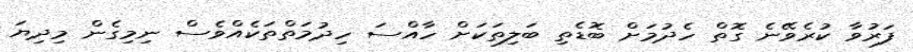
ފަރުވާ ކުރެވޭނެ ގޮތް ހެދުމަށް ބޮޑެތި ބަލިތަކަށް ހާއްސަ ހިދުމަތްތަކެއްވެސް ނިމިގެން މިދިޔަ